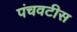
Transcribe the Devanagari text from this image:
पंचवटीस